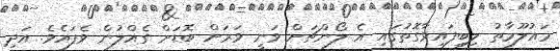
މައުލޫމާތު ލިބިފައިވާގޮތުގައި އެ ލޯންޗަށް ވަނީ ވަރަށް ބޮޑަށް ގެއްލުން ވެފައެވެ. އަދި